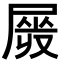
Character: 𡲯